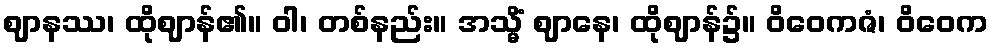
ဈာနဿ၊ ထိုဈာန်၏။ ဝါ၊ တစ်နည်း။ အသ္မိံ ဈာနေ၊ ထိုဈာန်၌။ ဝိဝေကဇံ၊ ဝိဝေက